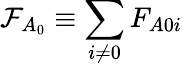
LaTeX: \mathcal{F}_{A_{0}}\equiv\sum_{i\neq 0}F_{A0i}